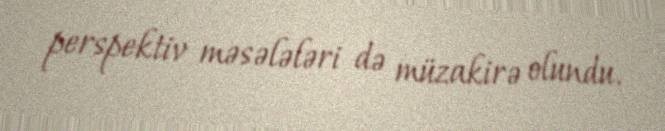
perspektiv məsələləri də müzakirə olundu.